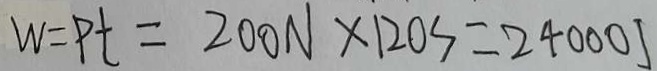
W = P t = 2 0 0 N \times 1 2 0 s = 2 4 0 0 0 J